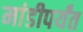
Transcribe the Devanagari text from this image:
मांडीपर्यंत